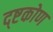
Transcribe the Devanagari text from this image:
द्ष्टकोण